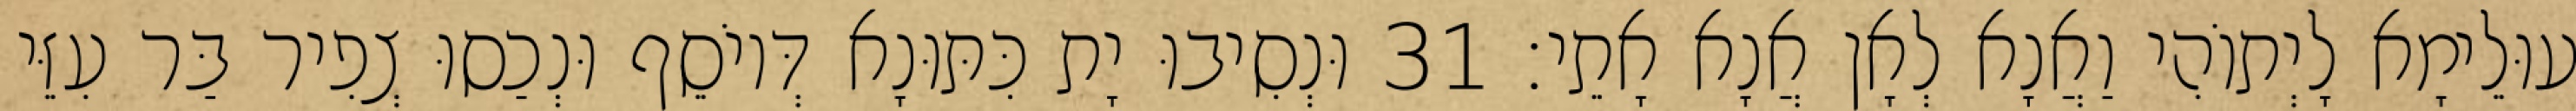
עוּלֵימָא לָיְתוֹהִי וַאֲנָא לְאָן אֲנָא אָתֵי׃ 31 וּנְסִיבוּ יָת כִּתּוּנָא דְּיוֹסֵף וּנְכַסוּ צְפִיר בַּר עִזֵּי